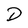
Character: D